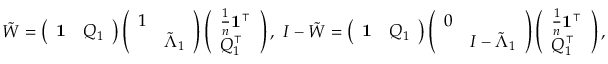
\begin{array} { r } { \tilde { W } = \left( \begin{array} { l l } { \mathbf { 1 } } & { Q _ { 1 } } \end{array} \right) \left( \begin{array} { l l } { 1 } & \\ & { \tilde { \Lambda } _ { 1 } } \end{array} \right) \left( \begin{array} { l } { \frac { 1 } { n } \mathbf { 1 } ^ { \intercal } } \\ { Q _ { 1 } ^ { \intercal } } \end{array} \right) , \ I - \tilde { W } = \left( \begin{array} { l l } { \mathbf { 1 } } & { Q _ { 1 } } \end{array} \right) \left( \begin{array} { l l } { 0 } & \\ & { I - \tilde { \Lambda } _ { 1 } } \end{array} \right) \left( \begin{array} { l } { \frac { 1 } { n } \mathbf { 1 } ^ { \intercal } } \\ { Q _ { 1 } ^ { \intercal } } \end{array} \right) , } \end{array}